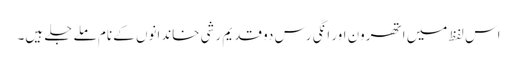
اس لفظ میں اتھرون اور انگی رس دو قدیم رشی خاندانوں کے نام ملے جلے ہیں۔